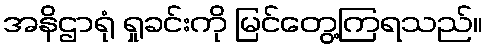
အနိဌာရုံ ရှုခင်းကို မြင်တွေ့ကြရသည်။